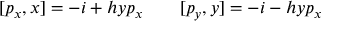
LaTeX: [ p _ { x } , x ] = - i + h y p _ { x } \ \ \ \ \ \ [ p _ { y } , y ] = - i - h y p _ { x }